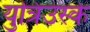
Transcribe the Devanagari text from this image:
युत्रिउस्के